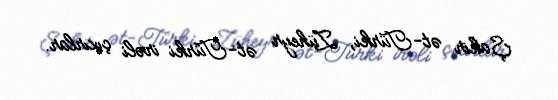
Şakir ət-Türki, Züheyr ət-Türki irəli çıxırlar.